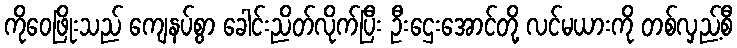
ကိုဝေဖြိုးသည် ကျေနပ်စွာ ခေါင်းညိတ်လိုက်ပြီး ဦးဌေးအောင်တို့ လင်မယားကို တစ်လှည့်စီ